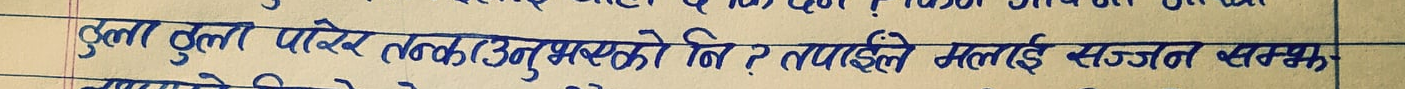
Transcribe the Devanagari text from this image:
ठुला ठुला पारेर तलक (अनुभब) को नि ? तपाइले मलाई सज्जन सक्छु